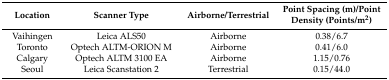
<table><thead><tr><td><b>Location</b></td><td><b>Scanner Type</b></td><td><b>Airborne/Terrestrial</b></td><td><b>Point Spacing (m)/Point Density (Points/m<sup>2</sup>)</b></td></tr></thead><tbody><tr><td>Vaihingen</td><td>Leica ALS50</td><td>Airborne</td><td>0.38/6.7</td></tr><tr><td>Toronto</td><td>Optech ALTM-ORION M</td><td>Airborne</td><td>0.41/6.0</td></tr><tr><td>Calgary</td><td>Optech ALTM 3100 EA</td><td>Airborne</td><td>1.15/0.76</td></tr><tr><td>Seoul</td><td>Leica Scanstation 2</td><td>Terrestrial</td><td>0.15/44.0</td></tr></tbody></table>